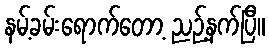
နမ့်ခမ်းရောက်တော့ ညဉ့်နက်ပြီ။